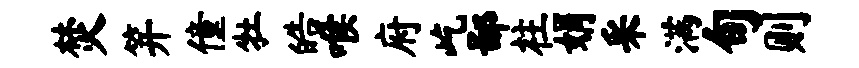
焚笄僮牡皓喉府屹鄙柱娟采满旬则